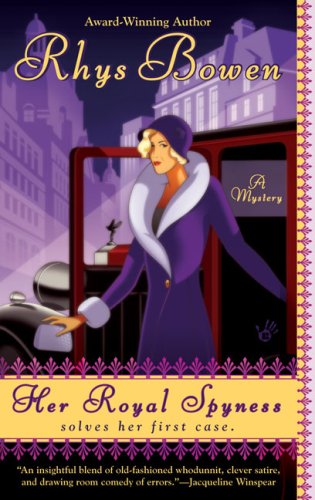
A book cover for Her Royal Spyness (A Royal Spyness Mystery); Rhys Bowen; Literature & Fiction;